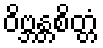
ဝိဗ္ဘန္တစိတ္တံ